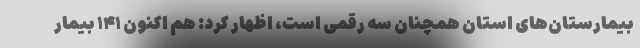
بیمارستان‌های استان همچنان سه رقمی است، اظهار کرد: هم اکنون ۱۴۱ بیمار